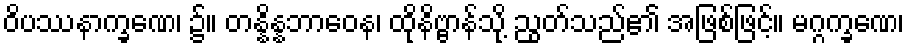
ဝိပဿနာက္ခဏေ၊ ၌။ တန္နိန္နဘာဝေန၊ ထိုနိဗ္ဗာန်သို့ ညွတ်သည်၏ အဖြစ်ဖြင့်။ မဂ္ဂက္ခဏေ၊